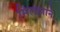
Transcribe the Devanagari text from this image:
सिलझाने